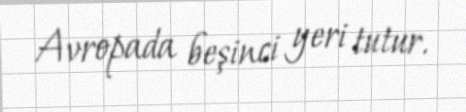
Avropada beşinci yeri tutur.